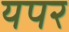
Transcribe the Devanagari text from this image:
यपर